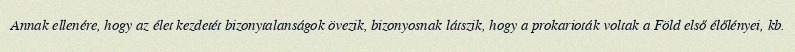
Annak ellenére, hogy az élet kezdetét bizonytalanságok övezik, bizonyosnak látszik, hogy a prokarioták voltak a Föld első élőlényei, kb.